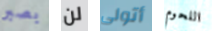
بصبر لن أتولى اللحوم